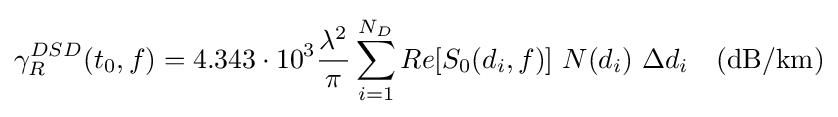
\gamma _{R}^{DSD}(t_{0},f)=4.343\cdot 10^{3}{\frac {\lambda ^{2}}{\pi }}\sum _{i=1}^{N_{D}}Re[S_{0}(d_{i},f)]\ N(d_{i})\ \Delta d_{i}\quad {\text{(dB/km)}}